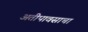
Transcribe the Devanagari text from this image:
अतीपावसाचा